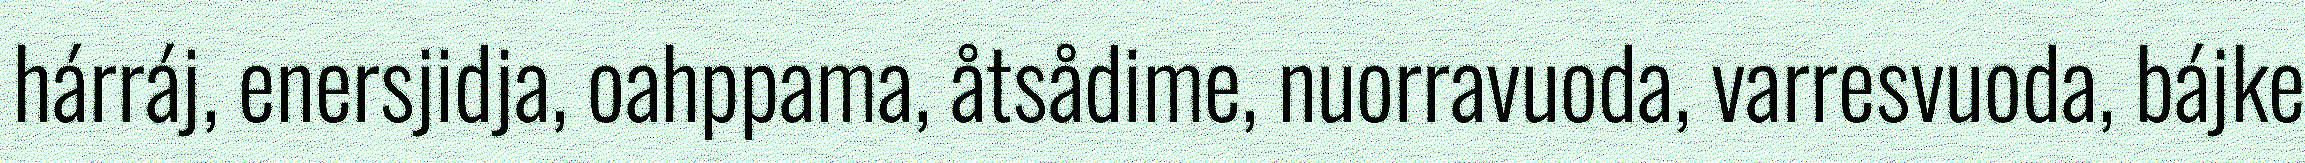
hárráj, enersjidja, oahppama, åtsådime, nuorravuoda, varresvuoda, bájke